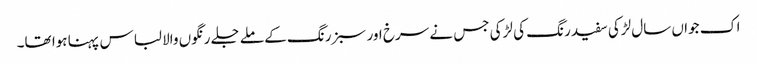
اک جواں سال لڑکی سفید رنگ کی لڑکی جس نے سرخ اور سبز رنگ کے ملے جلے رنگوں والا لباس پہنا ہوا تھا۔